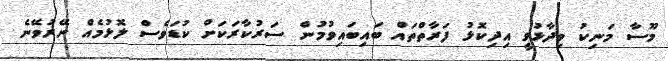
މޫސާ މަނިކު ވިދާޅުވީ އިދިކޮޅު ފަރާތްތައް ބައިބައިވުމުން ސަރުކާރަކަށް ކުޑަވެސް ލޮޅުމެއް ނޭރުވޭނެ